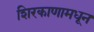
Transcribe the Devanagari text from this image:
शिरकाणामधून